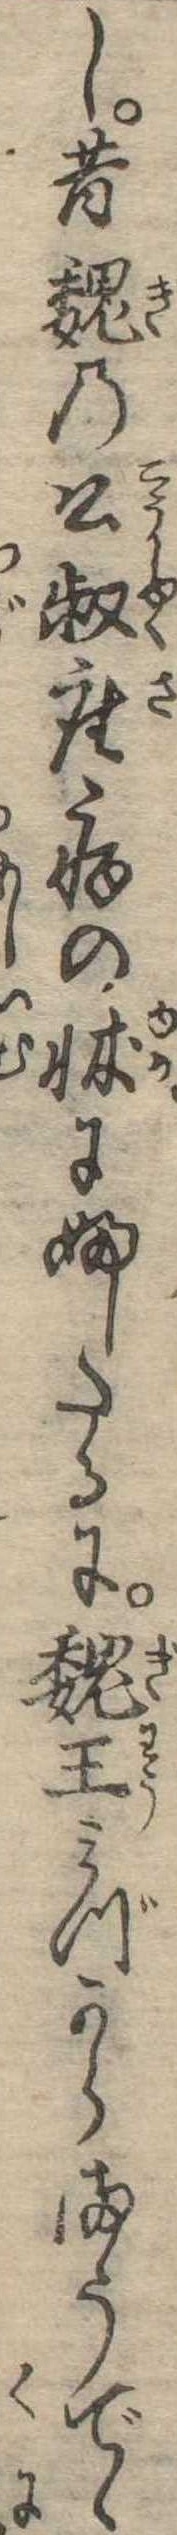
し昔魏の公叔座病の牀にふしたるに魏王みづからまうでゝ